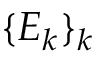
\{ E _ { k } \} _ { k }